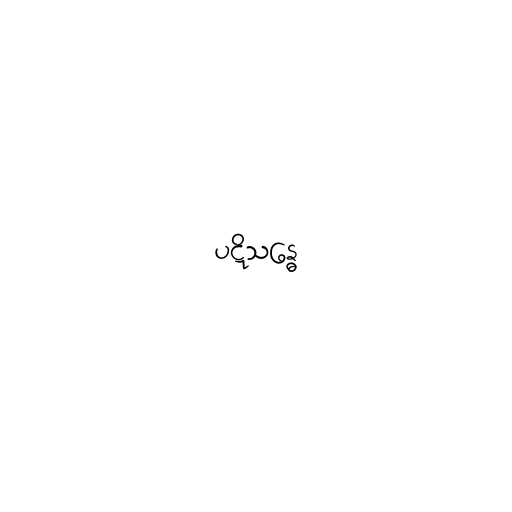
ပဋိသန္ဓေ